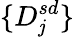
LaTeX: \{ D_{\mathit{j}}^{sd}\}